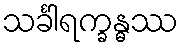
သင်္ခါရက္ခန္ဓဿ